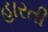
હારતી